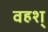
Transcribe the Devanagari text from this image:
वहश्